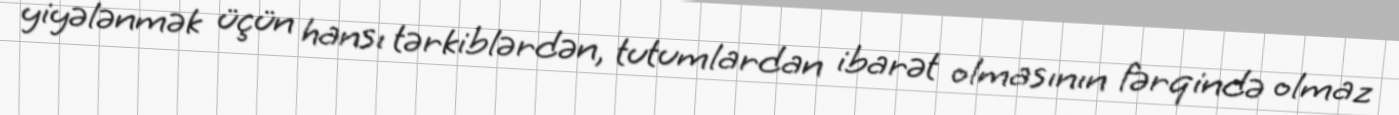
yiyələnmək üçün hansı tərkiblərdən, tutumlardan ibarət olmasının fərqində olmaz